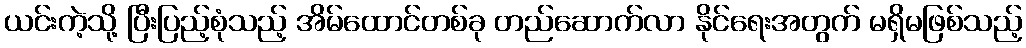
ယင်းကဲ့သို့ ပြီးပြည့်စုံသည့် အိမ်ထောင်တစ်ခု တည်ဆောက်လာ နိုင်ရေးအတွက် မရှိမဖြစ်သည့်